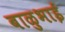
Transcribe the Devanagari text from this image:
बाळुभाई